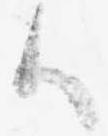
御